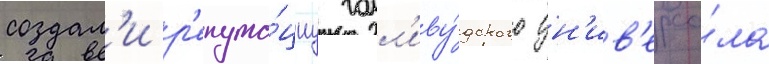
создал'и р'епута́циу голл'иву́дского ун'ив'ерса́ла